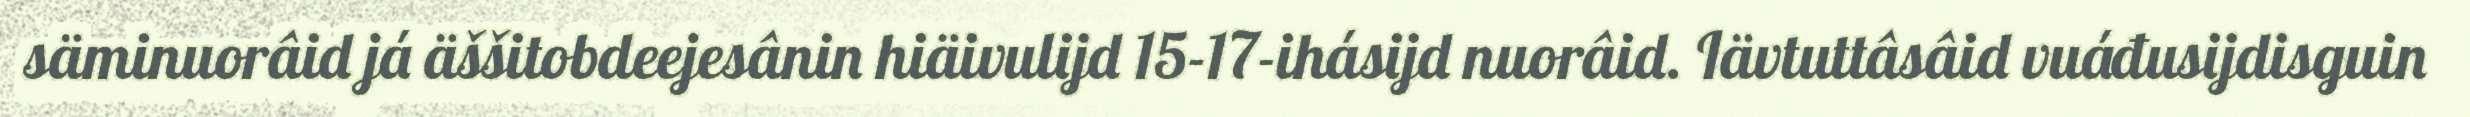
säminuorâid já äššitobdeejesânin hiäivulijd 15-17-ihásijd nuorâid. Iävtuttâsâid vuáđusijdisguin